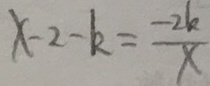
x - 2 - k = \frac { - 2 k } { x }